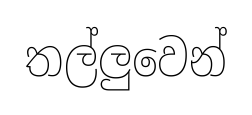
තල්ලුවෙන්